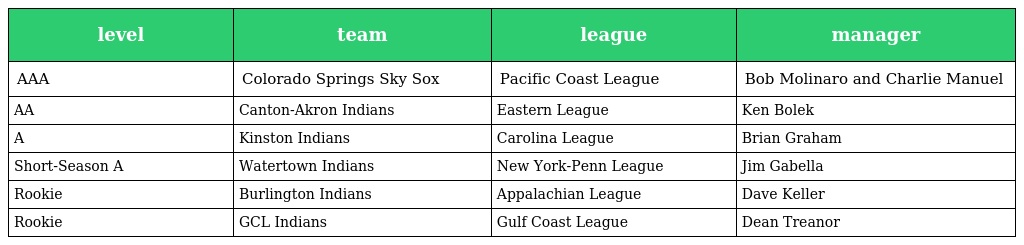
| level | team | league | manager |
 | --- | --- | --- | --- |
 | AAA | Colorado Springs Sky Sox | Pacific Coast League | Bob Molinaro and Charlie Manuel |
 | AA | Canton-Akron Indians | Eastern League | Ken Bolek |
 | A | Kinston Indians | Carolina League | Brian Graham |
 | Short-Season A | Watertown Indians | New York-Penn League | Jim Gabella |
 | Rookie | Burlington Indians | Appalachian League | Dave Keller |
 | Rookie | GCL Indians | Gulf Coast League | Dean Treanor |